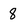
Character: 8